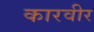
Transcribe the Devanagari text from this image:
कारवीर